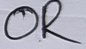
Text: OR